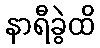
နာရီခွဲထိ